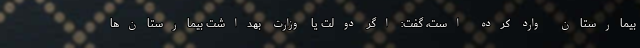
بیمارستان وارد کرده است، گفت: اگر دولت یا وزارت بهداشت بیمارستان‌ها